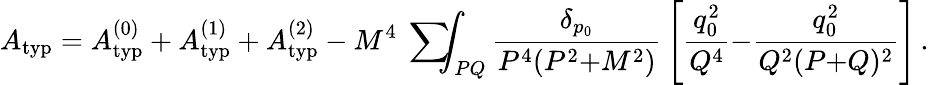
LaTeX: A_{\mathrm{typ}}=A_{\mathrm{typ}}^{(0)}+A_{\mathrm{typ}}^{(1)}+A_{\mathrm{typ}}^{(2)}-M^{4}\mathrm{~\sum~}\! \! \! \! \! \! \int_{PQ}{\frac{\delta_{p_{0}}}{P^{4}(P^{2}{+}M^{2})}}\left[{\frac{q_{0}^{2}}{Q^{4}}}{-}{\frac{q_{0}^{2}}{Q^{2}(P{+}Q)^{2}}}\right]\, .